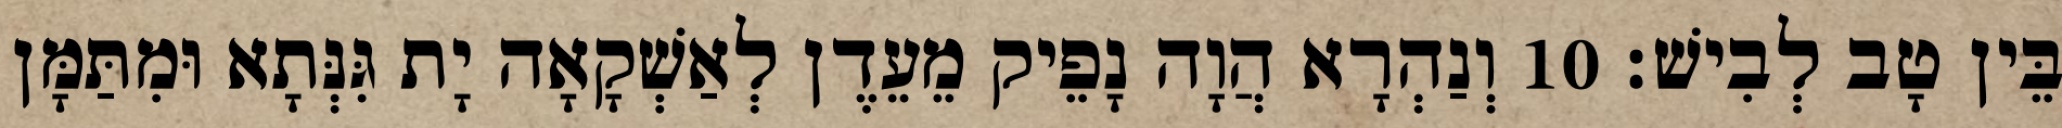
בֵּין טָב לְבִישׁ׃ 10 וְנַהְרָא הֲוָה נָפֵיק מֵעֵדֶן לְאַשְׁקָאָה יָת גִּנְּתָא וּמִתַּמָּן